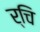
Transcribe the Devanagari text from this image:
र्चि